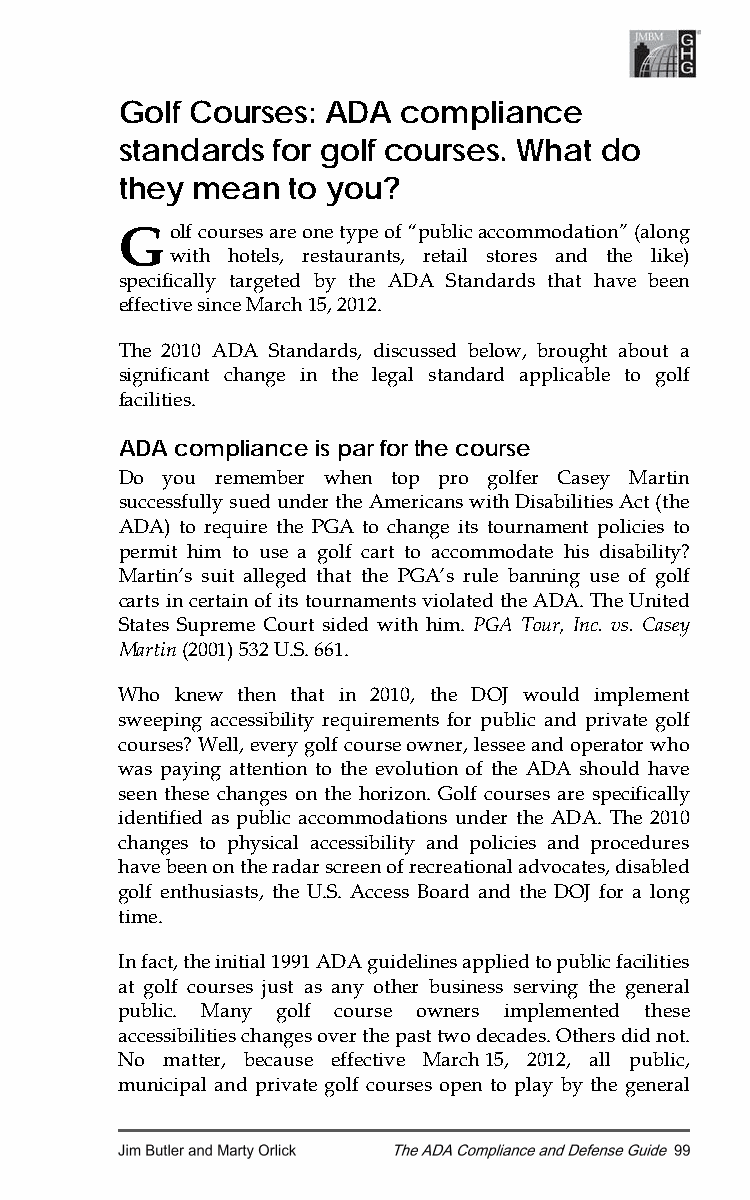
Golf Courses: ADA  compliance
 standards for golf courses. What do
 they mean  to you?
 G  olf courses are one type of “public accommodation” (along
 with hotels, restaurants, retail stores and the like)
 specifically targeted by the ADA Standards that have been
 effective since March 15, 2012.
 The 2010 ADA Standards, discussed below, brought about a
 significant change in the legal standard applicable to golf
 facilities.
 ADA compliance is par for the course
 Do you remember when top pro golfer Casey Martin
 successfully sued under the Americans with Disabilities Act (the
 ADA) to require the PGA to change its tournament policies to
 permit him to use a golf cart to accommodate his disability?
 Martin’s suit alleged that the PGA’s rule banning use of golf
 carts in certain of its tournaments violated the ADA. The United
 States Supreme Court sided with him. PGA Tour, Inc. vs. Casey
 Martin (2001) 532 U.S. 661.
 Who knew then that in 2010, the DOJ would implement
 sweeping accessibility requirements for public and private golf
 courses? Well, every golf course owner, lessee and operator who
 was paying attention to the evolution of the ADA should have
 seen these changes on the horizon. Golf courses are specifically
 identified as public accommodations under the ADA. The 2010
 changes to physical accessibility and policies and procedures
 have been on the radar screen of recreational advocates, disabled
 golf enthusiasts, the U.S. Access Board and the DOJ for a long
 time.
 In fact, the initial 1991 ADA guidelines applied to public facilities
 at golf courses just as any other business serving the general
 public. Many golf course owners implemented these
 accessibilities changes over the past two decades. Others did not.
 No matter, because effective March 15, 2012, all public,
 municipal and private golf courses open to play by the general